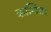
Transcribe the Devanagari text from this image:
कल्पित।